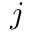
j